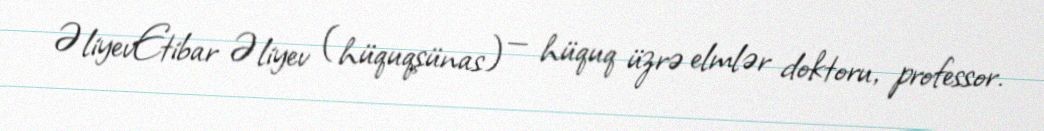
ƏliyevEtibar Əliyev (hüquqşünas) — hüquq üzrə elmlər doktoru, professor.